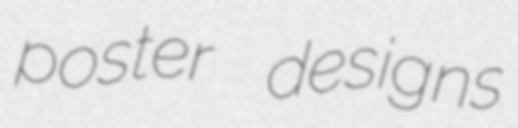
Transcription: poster designs